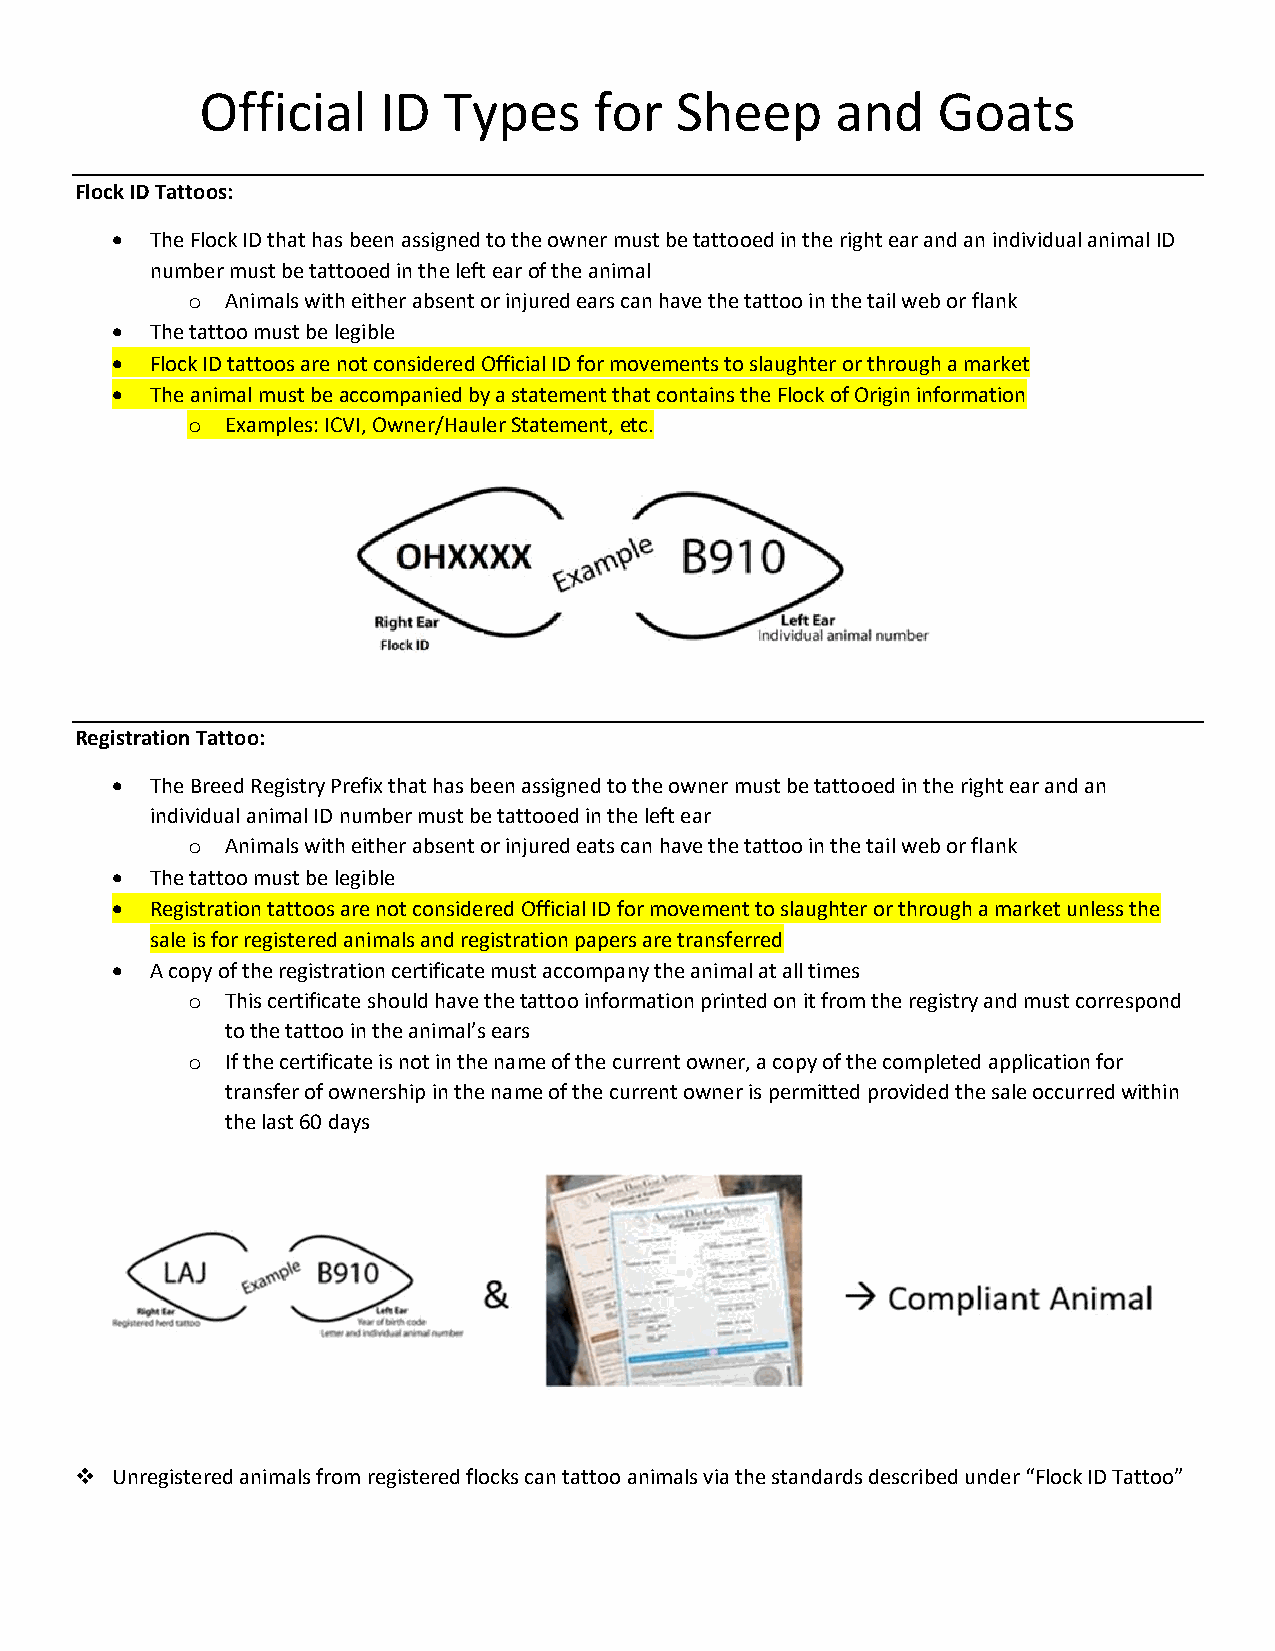
Official    ID  Types     for   Sheep     and    Goats
 Flock ID Tattoos:
   The Flock ID that has been assigned to the owner must be tattooed in the right ear and an individual animal ID
 number must be tattooed in the left ear of the animal
 o  Animals with either absent or injured ears can have the tattoo in the tail web or flank
   The tattoo must be legible
   Flock ID tattoos are not considered Official ID for movements to slaughter or through a market
   The animal must be accompanied by a statement that contains the Flock of Origin information
 o  Examples: ICVI, Owner/Hauler Statement, etc.
 Registration Tattoo:
   The Breed Registry Prefix that has been assigned to the owner must be tattooed in the right ear and an
 individual animal ID number must be tattooed in the left ear
 o  Animals with either absent or injured eats can have the tattoo in the tail web or flank
   The tattoo must be legible
   Registration tattoos are not considered Official ID for movement to slaughter or through a market unless the
 sale is for registered animals and registration papers are transferred
   A copy of the registration certificate must accompany the animal at all times
 o  This certificate should have the tattoo information printed on it from the registry and must correspond
 to the tattoo in the animal’s ears
 o  If the certificate is not in the name of the current owner, a copy of the completed application for
 transfer of ownership in the name of the current owner is permitted provided the sale occurred within
 the last 60 days
  Unregistered animals from registered flocks can tattoo animals via the standards described under “Flock ID Tattoo”